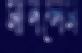
মানলেম